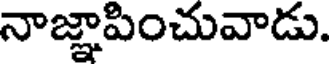
నాజ్ఞాపించువాడు.